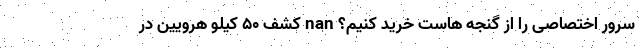
سرور اختصاصی را از گنجه هاست خرید کنیم؟ nan کشف ۵۰ کیلو هرویین در